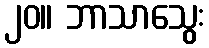
၂၀။ ဘာသာသွေး